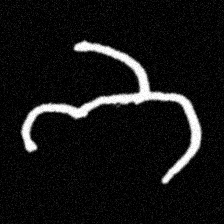
Pyu character \u2014 Myanmar letter: ဘ (romanized: bha)